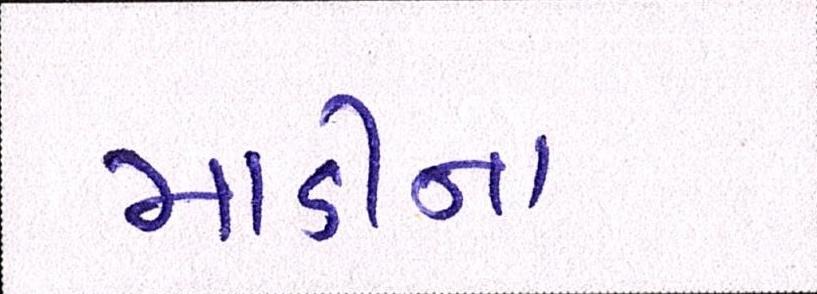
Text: માડીના